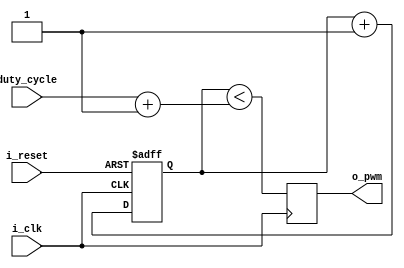
//////////////////////////////////////////////////////////
//  Name: Omkar Bhilare
//  Info: Generalize N bit basic PWM generator Example
//////////////////////////////////////////////////////////

module pwm 
#(
    parameter pwm_bits = 8   
)(
    input i_clk,        // Input Clock
    input i_reset,      // Input Reset 
    input [pwm_bits -1 : 0] duty_cycle, // Duty Cycle Value
    output reg o_pwm        // Output pwm signal
);

    // Register for up counter
    reg [pwm_bits -1 : 0] up_counter;

    // N bit up-counter with synchronus positive edge reset
    always @(posedge i_clk or posedge i_reset) begin
        if (i_reset == 1'b1) begin
            up_counter <= 1'b0;
        end else begin
            up_counter <= up_counter + 1'b1;
        end
    end

    always @(posedge i_clk) begin
        //Comparator: Comparing input duty cycle with up counter
        o_pwm = up_counter < (duty_cycle + 1);
    end
endmodule